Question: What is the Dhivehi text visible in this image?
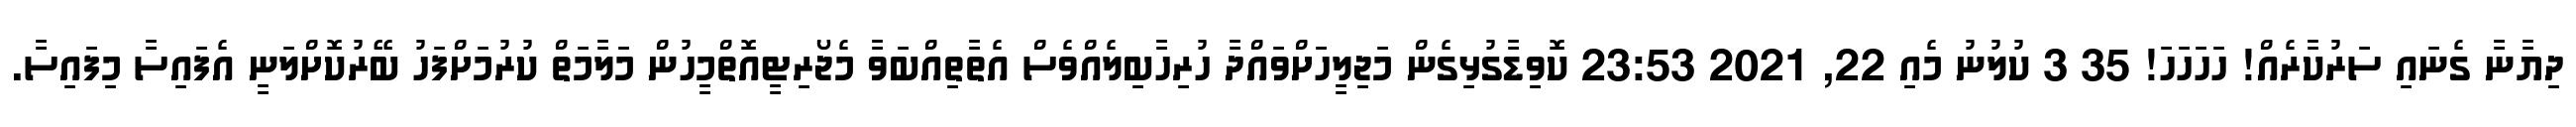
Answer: ދިޔާނާ ގެނައި ސަރުކާރެއް! ހަހަހަހަ! 35 3 ކުލުނު މެއި 22, 2021 23:53 ކޮވިޑާގުޅިގެން މަޖިލީހަށްވައްދާ ހުރިހާބިލެއްވެސް އެތާތިއްބަވާ މެޖޯރިޓީއޮތްމީހުން މަލާމަތް ކުރުމަށްފަހު ބޭރުކޮށްލަނީ އެފައިސާ މިފައިސާ.